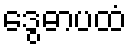
ဒွေဓာပထံ